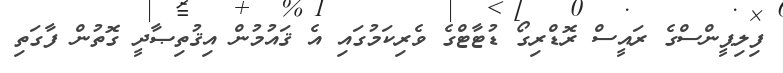
ފިލިޕީންސްގެ ރައީސް ރޮޑްރިގޯ ޑުޓާޓްގެ ވެރިކަމުގައި އެ ޤައުމުން އިޤުތިޞާދީ ގޮތުން ފާގަތި